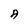
Character: A